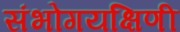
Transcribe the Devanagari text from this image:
संभोगयक्षिणी